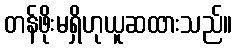
တန်ဖိုးမရှိဟုယူဆထားသည်။